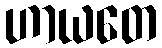
ဟာယတေ